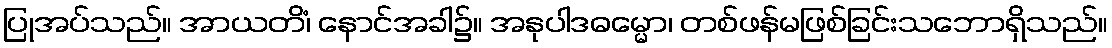
ပြုအပ်သည်။ အာယတိံ၊ နောင်အခါ၌။ အနုပါဒဓမ္မော၊ တစ်ဖန်မဖြစ်ခြင်းသဘောရှိသည်။